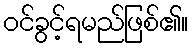
ဝင်ခွင့်ရမည်ဖြစ်၏။